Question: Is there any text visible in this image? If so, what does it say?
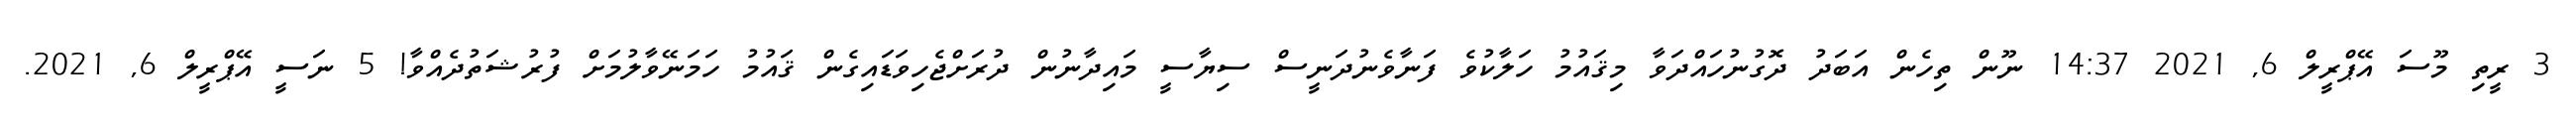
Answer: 3 ރީތި މޫސަ އޭޕްރީލް 6, 2021 14:37 ނޫން ތިހެން އަބަދު ދޮގުނުހައްދަވާ މިޤައުމު ހަލާކުވެ ފަނާވެނުދަނީސް ސިޔާސީ މައިދާނުން ދުރަށްޖެހިވަޑައިގެން ޤައުމު ހަމަނޭވާލުމަށް ފުރުޝަތުދެއްވާ! 5 ނަސީ އޭޕްރީލް 6, 2021.